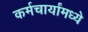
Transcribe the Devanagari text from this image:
कर्मचार्यांमध्ये